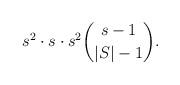
LaTeX: \begin{align*} s^2\cdot s \cdot s^2\binom{s-1}{|S|-1}. \end{align*}